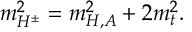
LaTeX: m _ { H ^ { \pm } } ^ { 2 } = m _ { H , A } ^ { 2 } + 2 m _ { t } ^ { 2 } .